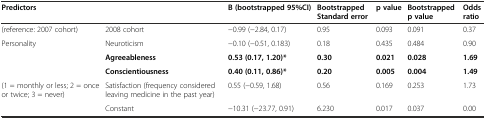
<table><thead><tr><td colspan="2"><b>Predictors</b></td><td><b>B (bootstrapped 95%CI)</b></td><td><b>Bootstrapped Standard error</b></td><td><b>p value</b></td><td><b>Bootstrapped p value</b></td><td><b>Odds ratio</b></td></tr></thead><tbody><tr><td>(reference: 2007 cohort)</td><td>2008 cohort</td><td>−0.99 (−2.84, 0.17)</td><td>0.95</td><td>0.093</td><td>0.091</td><td>0.37</td></tr><tr><td rowspan="3">Personality</td><td>Neuroticism</td><td>−0.10 (−0.51, 0.183)</td><td>0.18</td><td>0.435</td><td>0.484</td><td>0.90</td></tr><tr><td><b>Agreeableness</b></td><td><b>0.53 (0.17, 1.20)*</b></td><td><b>0.30</b></td><td><b>0.021</b></td><td><b>0.028</b></td><td><b>1.69</b></td></tr><tr><td><b>Conscientiousness</b></td><td><b>0.40 (0.11, 0.86)*</b></td><td><b>0.20</b></td><td><b>0.005</b></td><td><b>0.004</b></td><td><b>1.49</b></td></tr><tr><td>(1 = monthly or less; 2 = once or twice; 3 = never)</td><td>Satisfaction (frequency considered leaving medicine in the past year)</td><td>0.55 (−0.59, 1.68)</td><td>0.56</td><td>0.169</td><td>0.253</td><td>1.73</td></tr><tr><td></td><td>Constant</td><td>−10.31 (−23.77, 0.91)</td><td>6.230</td><td>0.017</td><td>0.037</td><td>0.00</td></tr></tbody></table>